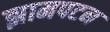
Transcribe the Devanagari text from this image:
झामपटन